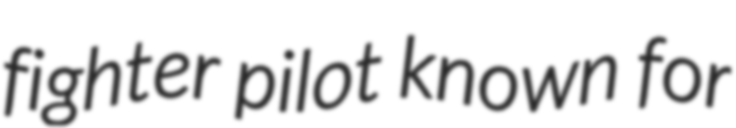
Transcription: fighter pilot known for